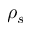
\rho _ { s }